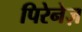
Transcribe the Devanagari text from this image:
पिरेनेज़